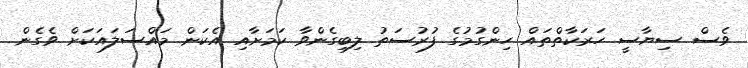
ވެސް ސިޔާސީ ހަރަކާތްތައް ހިންގުމުގެ ފުރުސަތު ލިބިގެންވާ ކަމަށާއި އެކަން މައްސަލައަކަށް ވެގެން